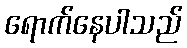
ရောက်နေပါသည်